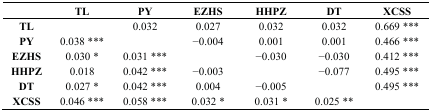
<table><thead><tr><td></td><td><b>TL</b></td><td><b>PY</b></td><td><b>EZHS</b></td><td><b>HHPZ</b></td><td><b>DT</b></td><td><b>XCSS</b></td></tr></thead><tbody><tr><td><b>TL</b></td><td></td><td>0.032</td><td>0.027</td><td>0.032</td><td>0.032</td><td>0.669 ***</td></tr><tr><td><b>PY</b></td><td>0.038 ***</td><td></td><td>−0.004</td><td>0.001</td><td>0.001</td><td>0.466 ***</td></tr><tr><td><b>EZHS</b></td><td>0.030 *</td><td>0.031 ***</td><td></td><td>−0.030</td><td>−0.030</td><td>0.412 ***</td></tr><tr><td><b>HHPZ</b></td><td>0.018</td><td>0.042 ***</td><td>−0.003</td><td></td><td>−0.077</td><td>0.495 ***</td></tr><tr><td><b>DT</b></td><td>0.027 *</td><td>0.042 ***</td><td>0.004</td><td>−0.005</td><td></td><td>0.495 ***</td></tr><tr><td><b>XCSS</b></td><td>0.046 ***</td><td>0.058 ***</td><td>0.032 *</td><td>0.031 *</td><td>0.025 **</td><td></td></tr></tbody></table>